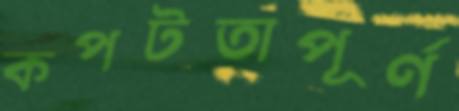
কপটতাপূর্ণ